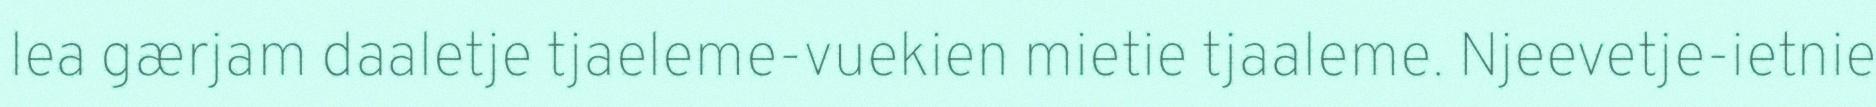
lea gærjam daaletje tjaeleme-vuekien mietie tjaaleme. Njeevetje-ietnie